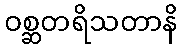
ဝစ္ဆတရိသတာနိ